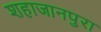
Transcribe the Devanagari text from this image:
शहाजानपुरा